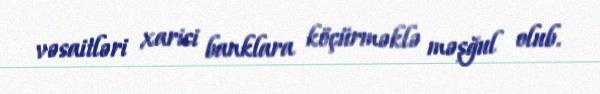
vəsaitləri xarici banklara köçürməklə məşğul olub.